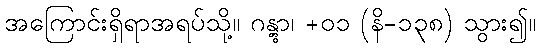
အကြောင်းရှိရာအရပ်သို့။ ဂန္တွာ၊ +၀၁ (နိ-၁၃၈) သွား၍။